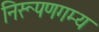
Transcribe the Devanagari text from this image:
निरूपणगम्य